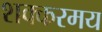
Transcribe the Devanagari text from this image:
शक्करमय